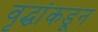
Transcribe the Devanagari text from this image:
वृद्धांकडून